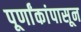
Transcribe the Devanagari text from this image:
पूर्णांकांपासून